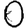
Digit: 0